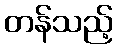
တန်သည့်